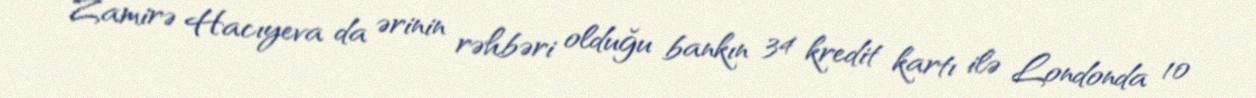
Zamirə Hacıyeva da ərinin rəhbəri olduğu bankın 34 kredit kartı ilə Londonda 10